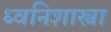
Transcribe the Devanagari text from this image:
ध्वनिशास्त्रा